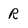
Character: R